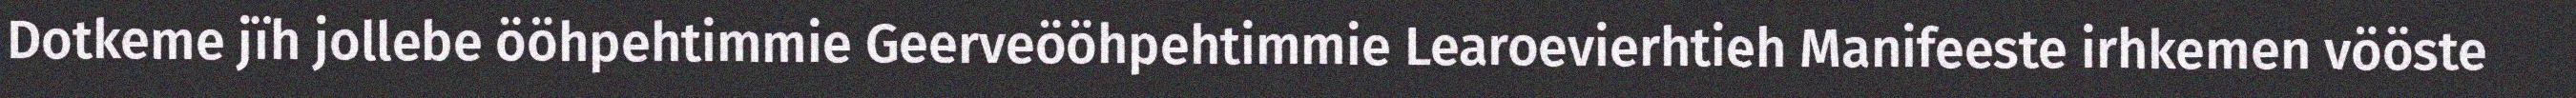
Dotkeme jïh jollebe ööhpehtimmie Geerveööhpehtimmie Learoevierhtieh Manifeeste irhkemen vööste